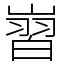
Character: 㠄